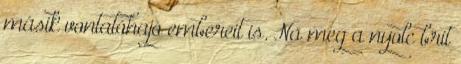
másik vontatóhajó embereit is. Na meg a nyolc brit